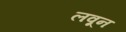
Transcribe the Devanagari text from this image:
लवून